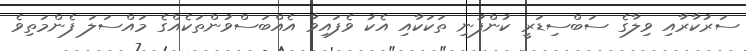
ސަރުކާރާއި ވިލާގެ ސަބްސިޑަރީ ކުންފުނި ތަކަކާއި އެކު ވެފައިވާ އެއްބަސްވުންތަކެއްގެ މައްސަލަ ފެންމަތިވެ